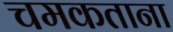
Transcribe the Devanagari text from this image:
चमकताना